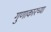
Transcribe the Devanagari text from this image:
गुणाकारच्या